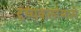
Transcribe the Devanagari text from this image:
दृष्यकलांमध्ये